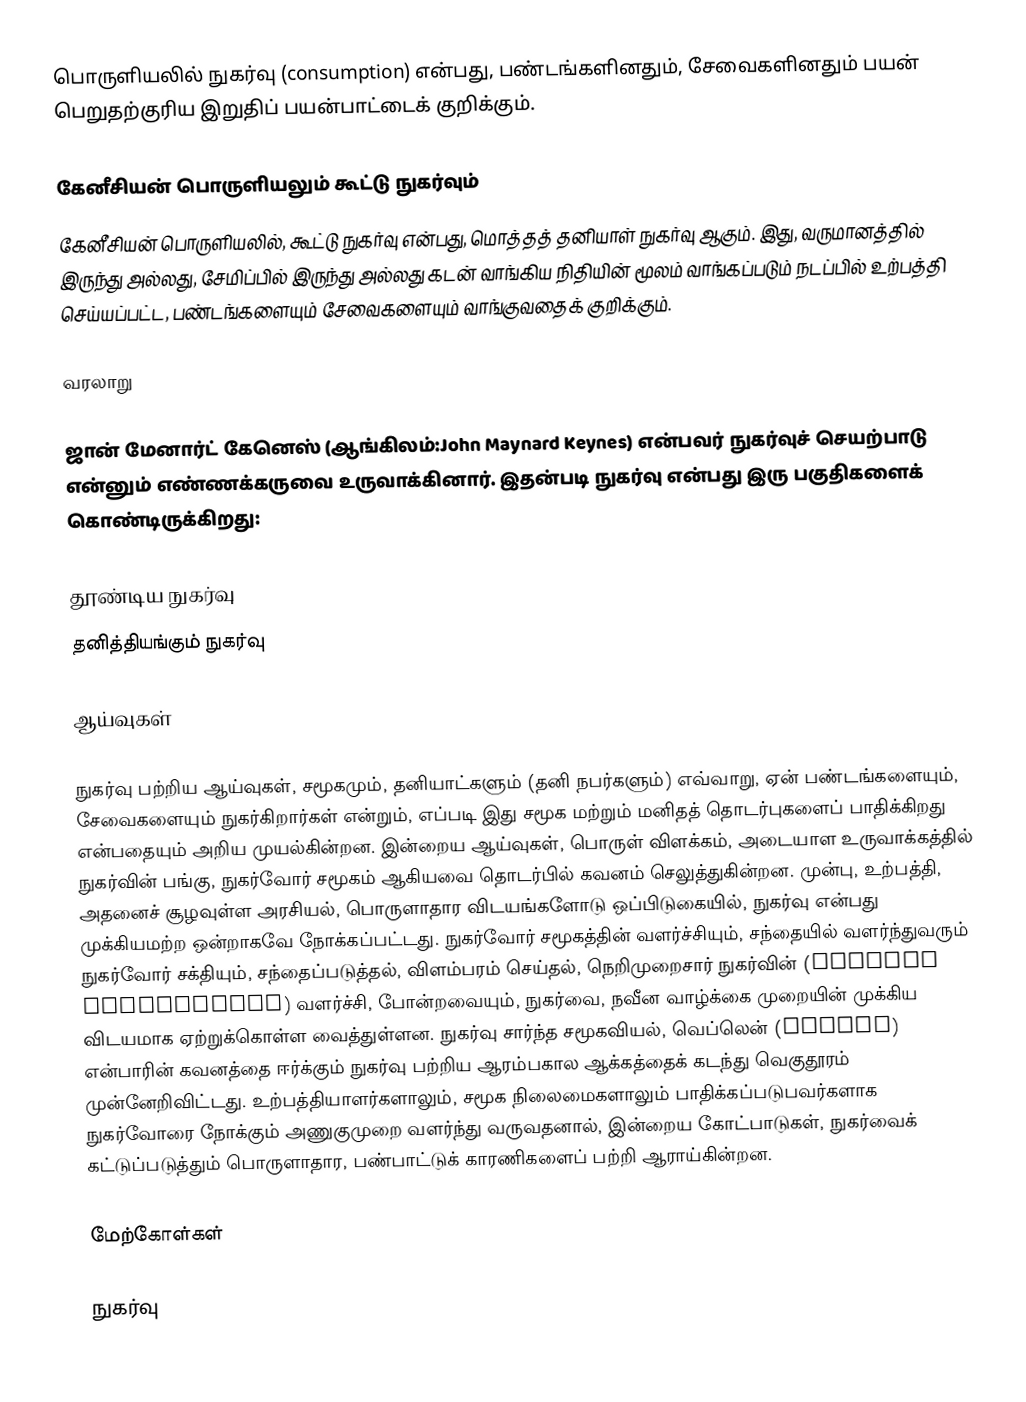
பொருளியலில் நுகர்வு (consumption) என்பது, பண்டங்களினதும், சேவைகளினதும் பயன் பெறுதற்குரிய இறுதிப் பயன்பாட்டைக் குறிக்கும்.

கேனீசியன் பொருளியலும் கூட்டு நுகர்வும்
கேனீசியன் பொருளியலில், கூட்டு நுகர்வு என்பது, மொத்தத் தனியாள் நுகர்வு ஆகும். இது, வருமானத்தில் இருந்து அல்லது, சேமிப்பில் இருந்து அல்லது கடன் வாங்கிய நிதியின் மூலம் வாங்கப்படும் நடப்பில் உற்பத்தி செய்யப்பட்ட, பண்டங்களையும் சேவைகளையும் வாங்குவதைக் குறிக்கும்.

வரலாறு

ஜான் மேனார்ட் கேனெஸ் (ஆங்கிலம்:John Maynard Keynes) என்பவர் நுகர்வுச் செயற்பாடு என்னும் எண்ணக்கருவை உருவாக்கினார். இதன்படி நுகர்வு என்பது இரு பகுதிகளைக் கொண்டிருக்கிறது:

 தூண்டிய நுகர்வு
 தனித்தியங்கும் நுகர்வு

ஆய்வுகள்

நுகர்வு பற்றிய ஆய்வுகள், சமூகமும், தனியாட்களும் (தனி நபர்களும்) எவ்வாறு, ஏன் பண்டங்களையும், சேவைகளையும் நுகர்கிறார்கள் என்றும், எப்படி இது சமூக மற்றும் மனிதத் தொடர்புகளைப் பாதிக்கிறது என்பதையும் அறிய முயல்கின்றன. இன்றைய ஆய்வுகள், பொருள் விளக்கம், அடையாள உருவாக்கத்தில் நுகர்வின் பங்கு, நுகர்வோர் சமூகம் ஆகியவை தொடர்பில் கவனம் செலுத்துகின்றன. முன்பு, உற்பத்தி, அதனைச் சூழவுள்ள அரசியல், பொருளாதார விடயங்களோடு ஒப்பிடுகையில், நுகர்வு என்பது முக்கியமற்ற ஒன்றாகவே நோக்கப்பட்டது. நுகர்வோர் சமூகத்தின் வளர்ச்சியும், சந்தையில் வளர்ந்துவரும் நுகர்வோர் சக்தியும், சந்தைப்படுத்தல், விளம்பரம் செய்தல், நெறிமுறைசார் நுகர்வின் (ethical consumption) வளர்ச்சி, போன்றவையும், நுகர்வை, நவீன வாழ்க்கை முறையின் முக்கிய விடயமாக ஏற்றுக்கொள்ள வைத்துள்ளன. நுகர்வு சார்ந்த சமூகவியல், வெப்லென் (Veblen) என்பாரின் கவனத்தை ஈர்க்கும் நுகர்வு பற்றிய ஆரம்பகால ஆக்கத்தைக் கடந்து வெகுதூரம் முன்னேறிவிட்டது. உற்பத்தியாளர்களாலும், சமூக நிலைமைகளாலும் பாதிக்கப்படுபவர்களாக நுகர்வோரை நோக்கும் அணுகுமுறை வளர்ந்து வருவதனால், இன்றைய கோட்பாடுகள், நுகர்வைக் கட்டுப்படுத்தும் பொருளாதார, பண்பாட்டுக் காரணிகளைப் பற்றி ஆராய்கின்றன.

மேற்கோள்கள்

நுகர்வு